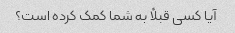
آیا کسی قبلاً به شما کمک کرده است؟